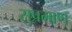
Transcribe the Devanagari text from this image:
सुप्रमाण